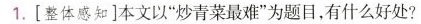
1.[整体感知]本文以”炒青菜最难”为题目，有什么好处?